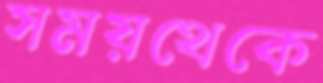
সময়থেকে